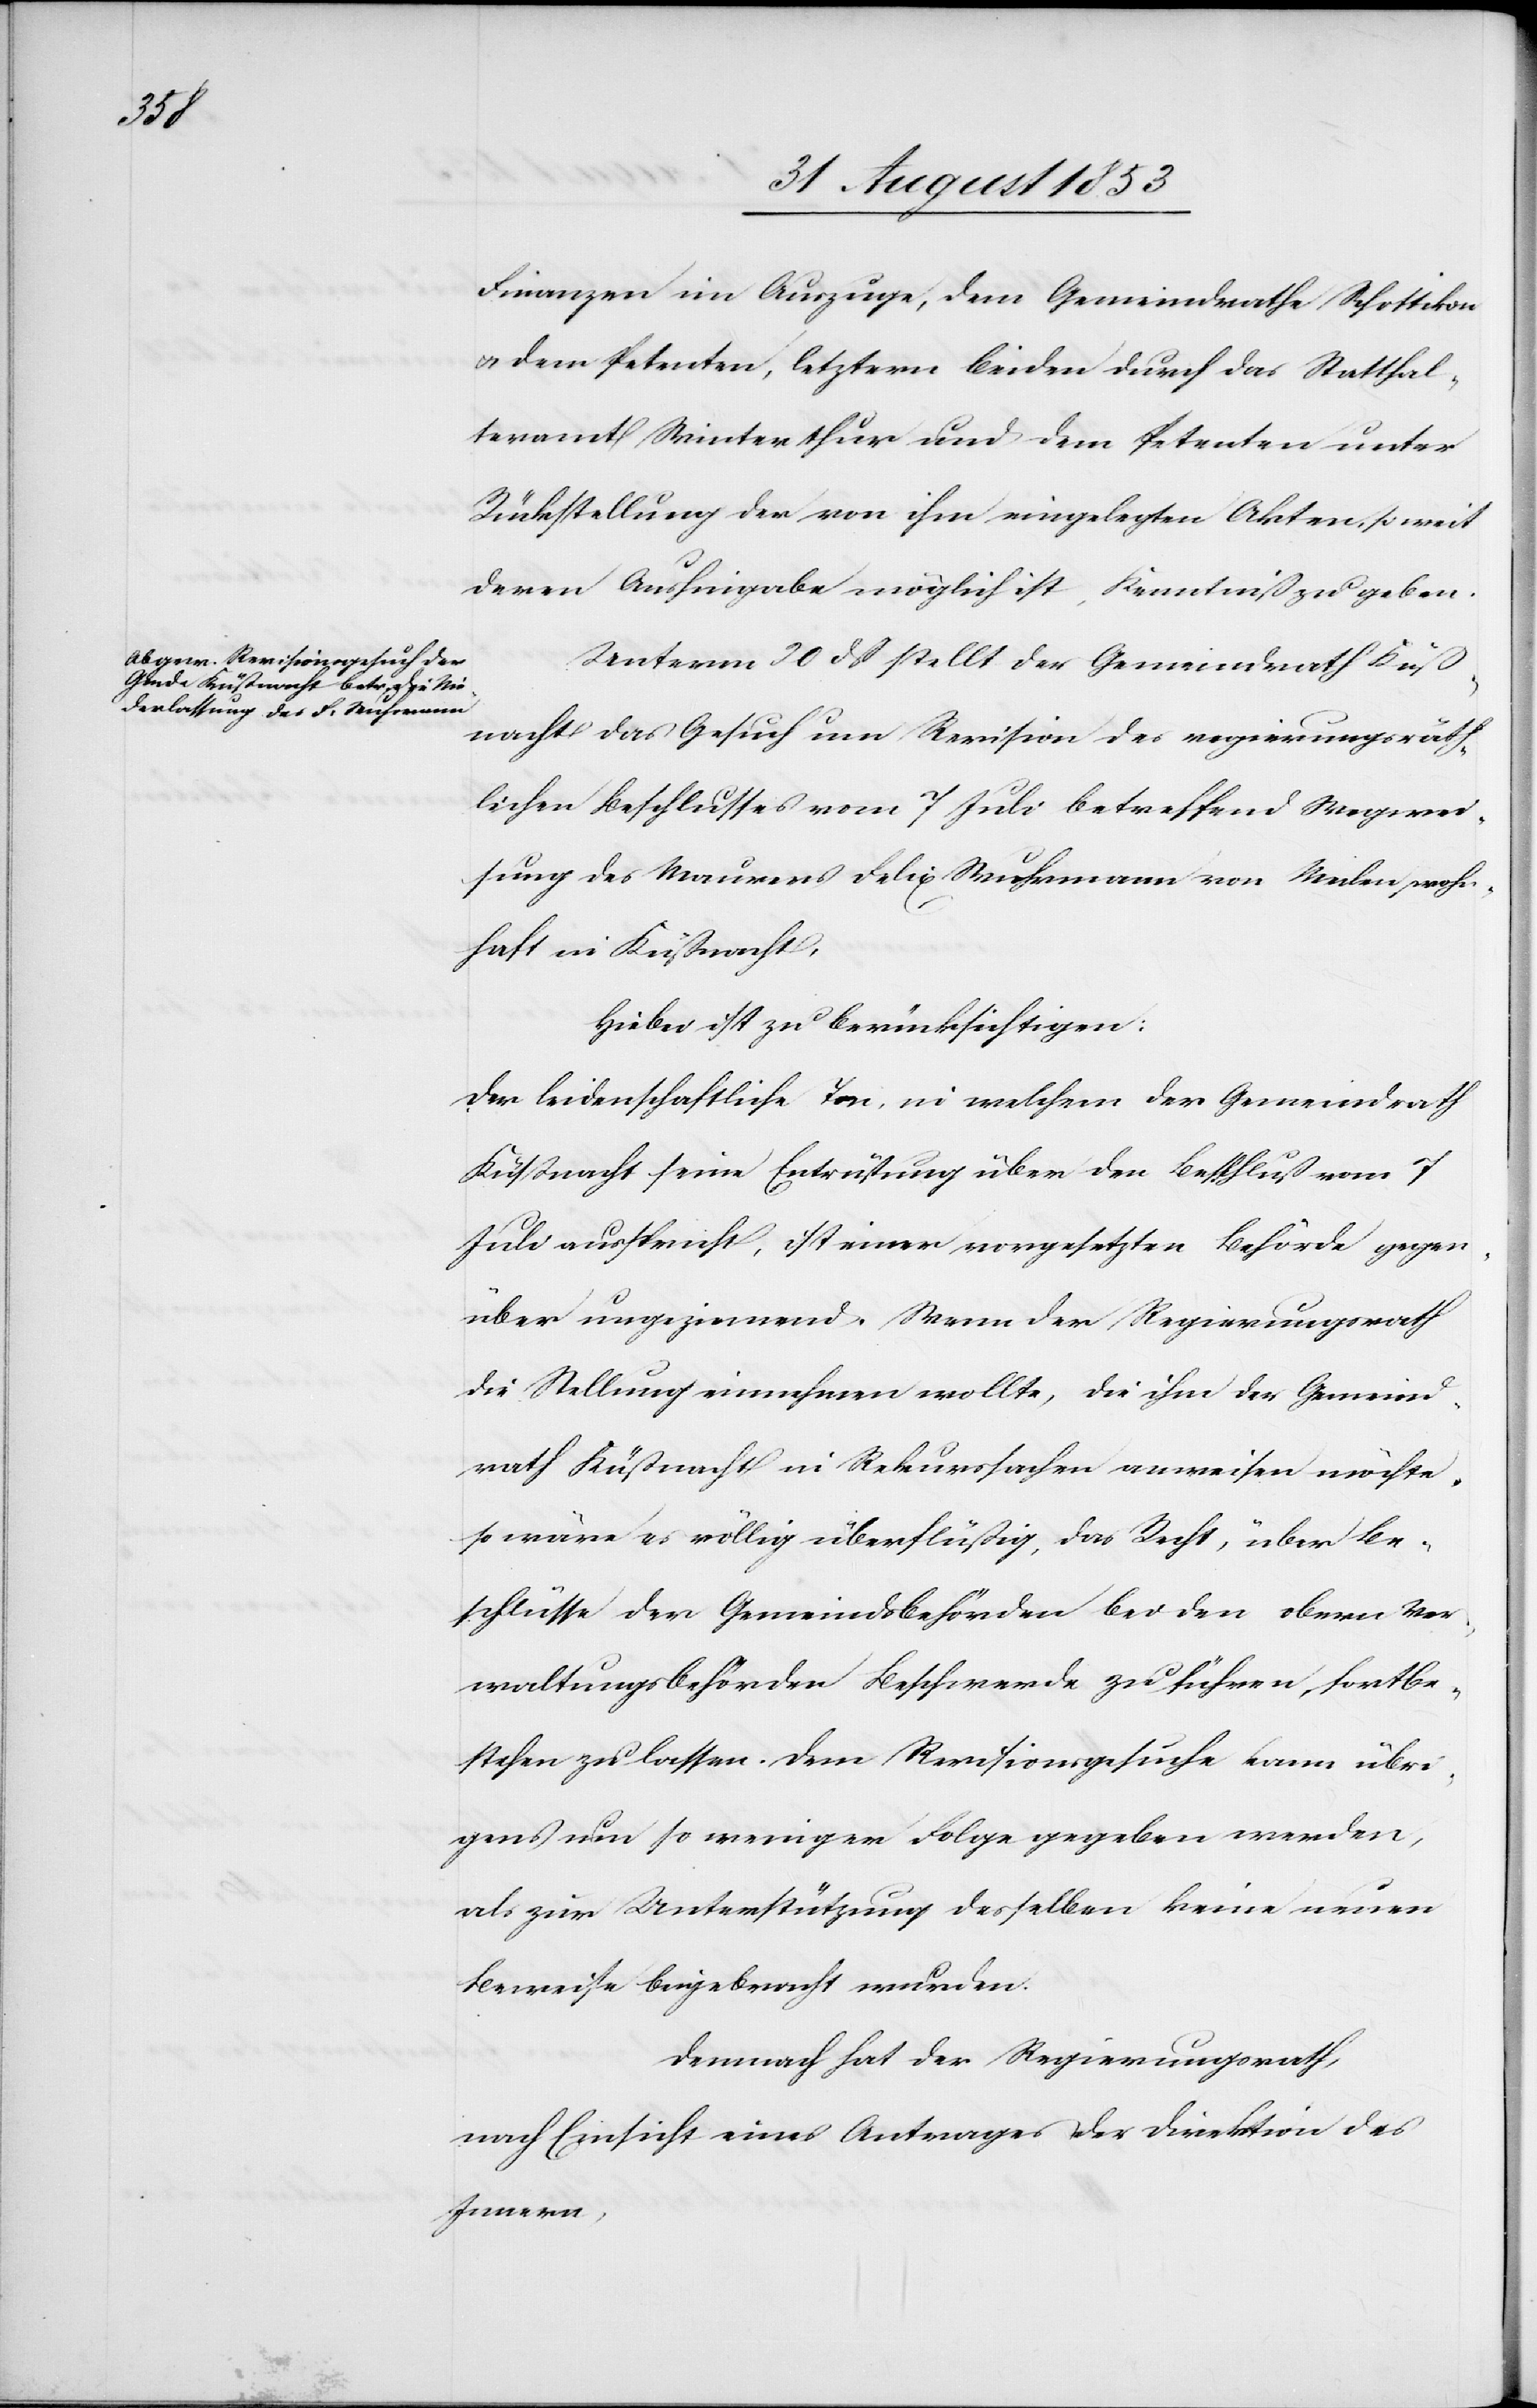
Finanzen im Auszuge, dem Gemeindrathe Schottikon
u. dem Petenten, letztern beiden durch das Statthal¬
teramt Winterthur und dem Petenten unter
Rückstellung der von ihm eingelegten Akten, so weit
deren Aushingabe möglich ist, Kenntniß zu geben.
Unterm 20 dß stellt der Gemeindrath Küß¬
nacht das Gesuch um Revision des regierungsräth¬
lichen Beschlusses vom 7 Juli betreffend Wegwei¬
sung des Maurers Felix Wuhrmann von Meilen, wohn¬
haft in Küßnacht,
Hiebei ist zu berücksichtigen:
Der leidenschaftliche Ton, in welchem der Gemeindrath
Küßnacht seine Entrüstung über den Beschluß vom 7
Juli ausspricht, ist einer vorgesetzten Behörde gegen¬
über ungeziemend. Wenn der Regierungsrath
die Stellung einnehmen wollte, die ihm der Gemeind¬
rath Küßnacht in Rekurssachen ausweisen möchte,
so wäre es völlig überflüssig, das Recht, über Be¬
schlüsse der Gemeindsbehörden bei den obern Ver¬
waltungsbehörden Beschwerde zu führen, fortbe¬
stehen zu lassen. Dem Revisionsgesuch kann übri¬
gens um so weniger Folge gegeben werden,
als zur Unterstützung desselben keine neuen
Beweise beigebracht wurden.
Demnach hat der Regierungsrath,
nach Einsicht eines Antrages der Direktion des
Innern,